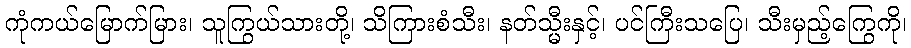
ကုံကယ်မြောက်မြား၊ သူကြွယ်သားတို့၊ သိကြားစံသီး၊ နတ်သ္မီးနှင့်၊ ပင်ကြီးသပြေ၊ သီးမှည့်ကြွေကို၊